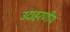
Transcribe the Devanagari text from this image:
उदाहरणीय